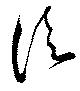
須